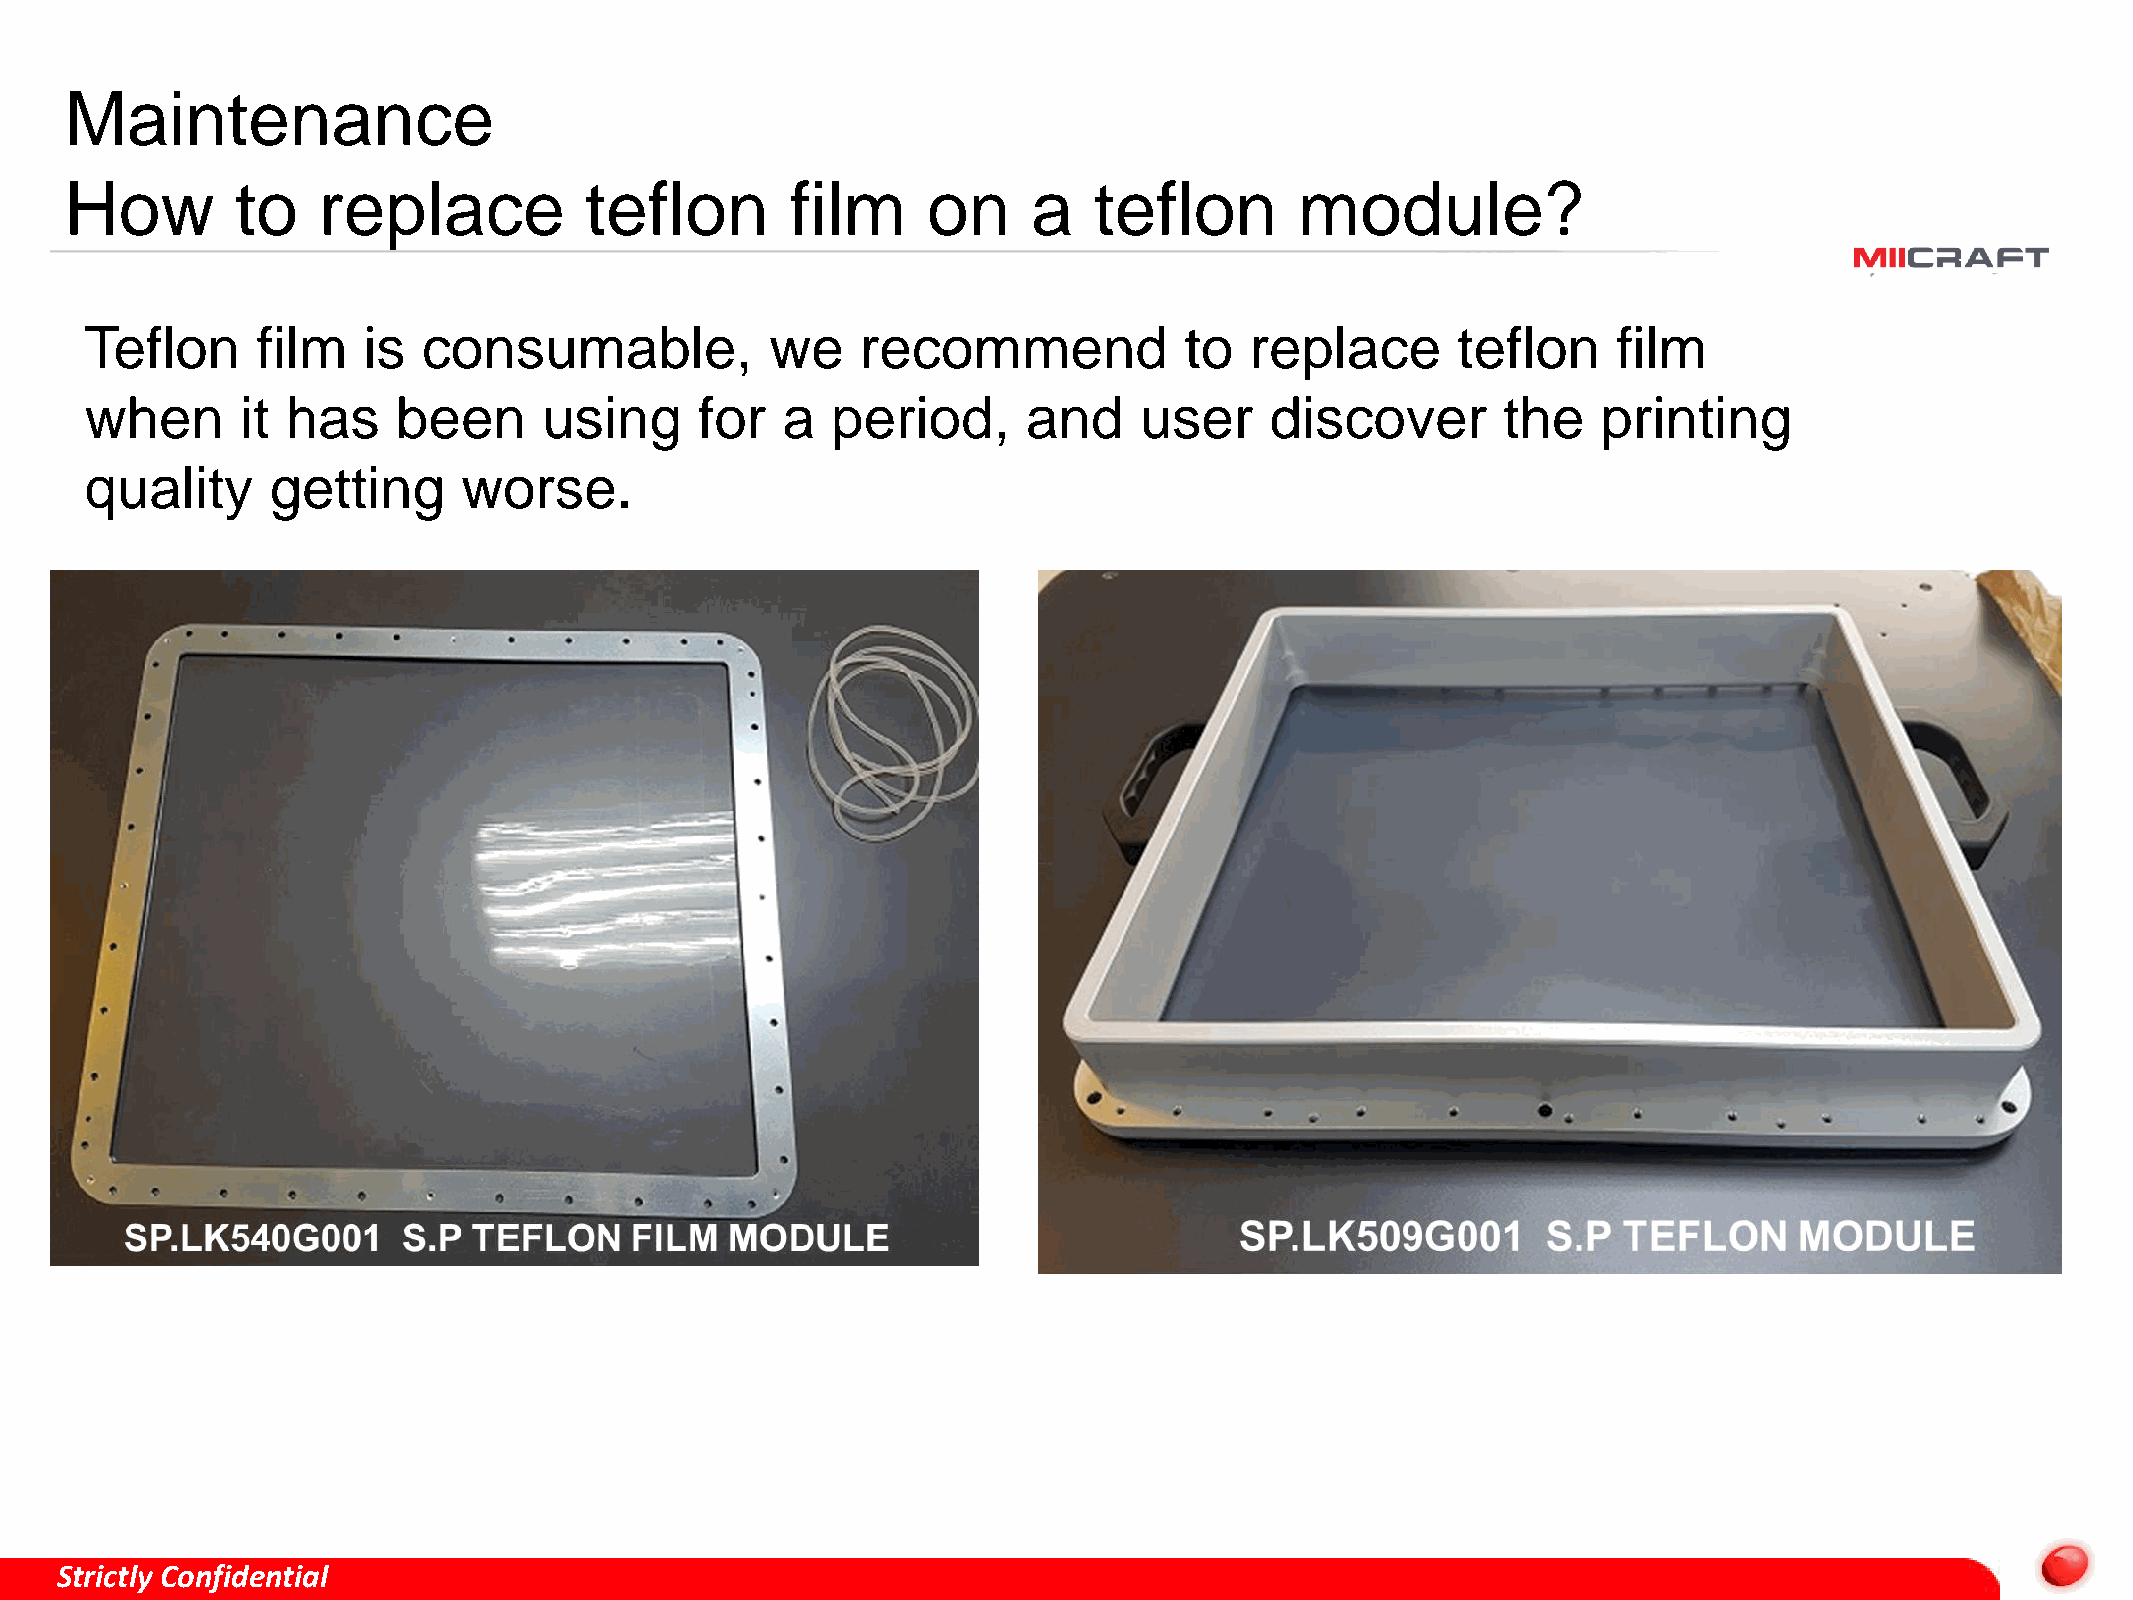
Maintenance
 How         to   replace           teflon       film     on     a   teflon        module?
 Teflon     film   is  consumable,            we    recommend            to   replace      teflon     film
 when      it has    been      using     for   a  period,      and    user     discover        the   printing
 quality     getting      worse.
 Strictly Confidential